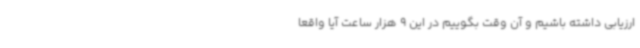
ارزیابی داشته باشیم و آن وقت بگوییم در این 9 هزار ساعت آیا واقعاً